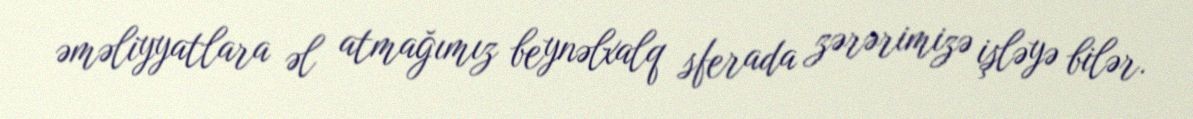
əməliyyatlara əl atmağımız beynəlxalq sferada zərərimizə işləyə bilər.